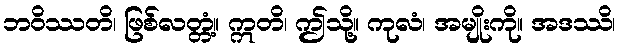
ဘဝိဿတိ၊ ဖြစ်လတ္တံ့။ ဣတိ၊ ဤသို့။ ကုလံ၊ အမျိုးကို။ အဒဿိ၊